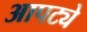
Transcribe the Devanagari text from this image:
आपट्ये